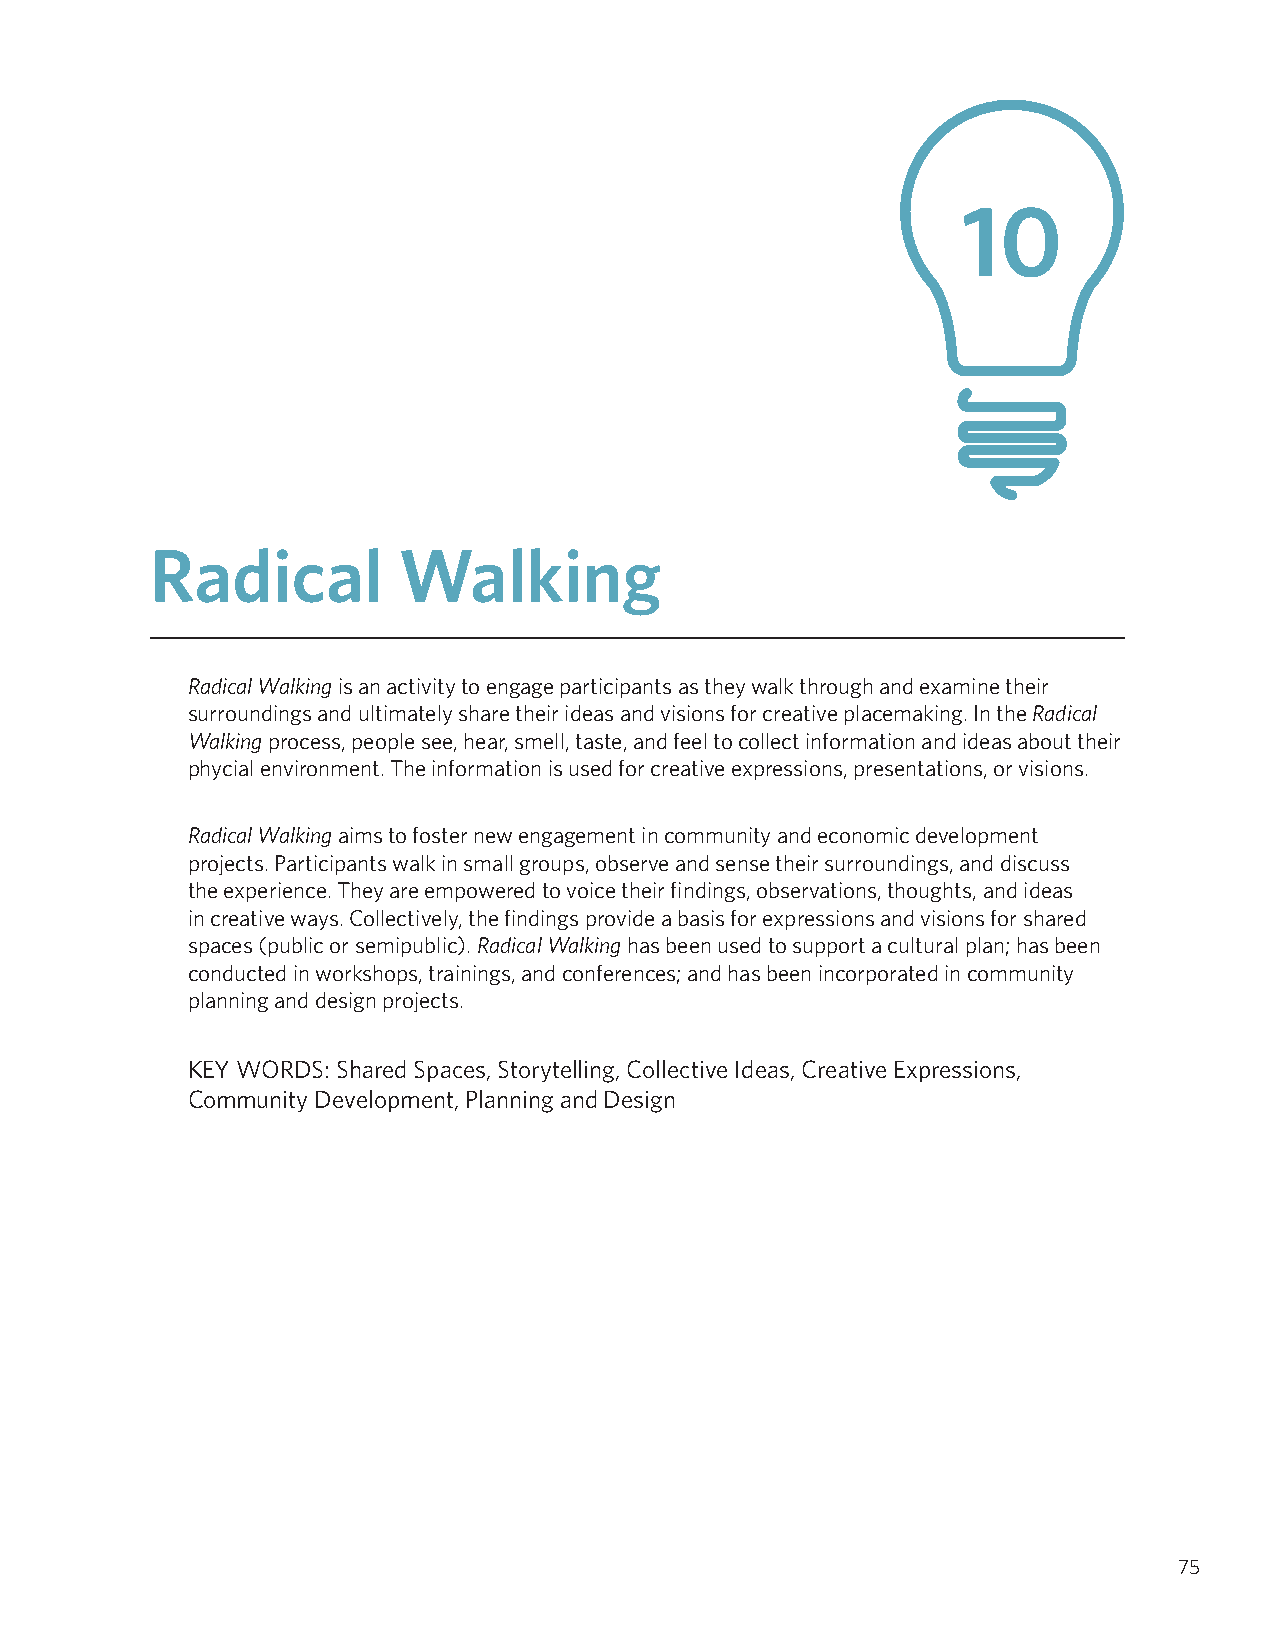
10
 Radical         Walking
 Radical Walking is an activity to engage participants as they walk through and examine their
 surroundings and ultimately share their ideas and visions for creative placemaking. In the Radical
 Walking process, people see, hear, smell, taste, and feel to collect information and ideas about their
 phycial environment. The information is used for creative expressions, presentations, or visions.
 Radical Walking aims to foster new engagement in community and economic development
 projects. Participants walk in small groups, observe and sense their surroundings, and discuss
 the experience. They are empowered to voice their findings, observations, thoughts, and ideas
 in creative ways. Collectively, the findings provide a basis for expressions and visions for shared
 spaces (public or semipublic). Radical Walking has been used to support a cultural plan; has been
 conducted in workshops, trainings, and conferences; and has been incorporated in community
 planning and design projects.
 KEY WORDS: Shared Spaces, Storytelling, Collective Ideas, Creative Expressions,
 Community Development, Planning and Design
 75